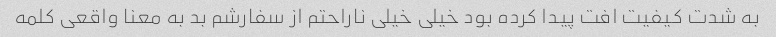
به شدت کیفیت افت پیدا کرده بود خیلی خیلی ناراحتم از سفارشم بد به معنا واقعی کلمه